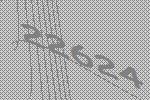
22624